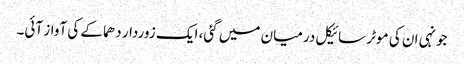
جونہی ان کی موٹر سائیکل درمیان میں گئی، ایک زوردار دھماکے کی آواز آئی۔